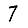
Digit: 7